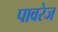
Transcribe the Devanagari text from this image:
पावरेज